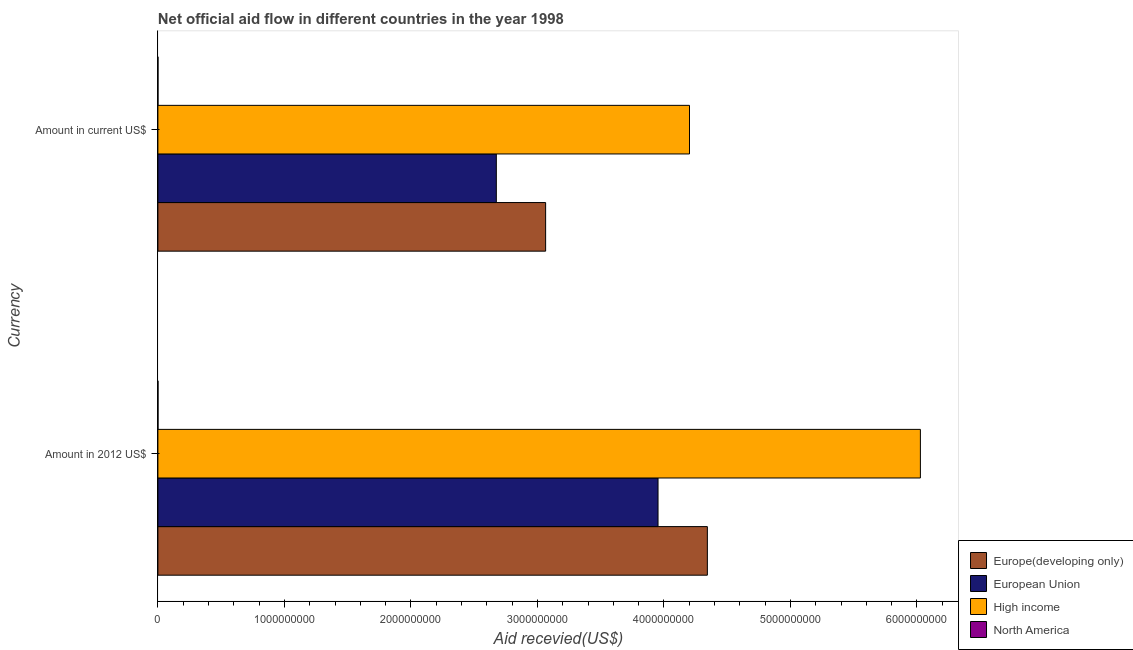
| Currency | Europe(developing only) | European Union | High income | North America |
 | --- | --- | --- | --- | --- |
 | Amount in 2012 US$ | 4.34e+09 | 3.95e+09 | 6.03e+09 | 7.4e+05 |
 | Amount in current US$ | 3.06e+09 | 2.68e+09 | 4.2e+09 | 5.5e+05 |